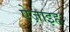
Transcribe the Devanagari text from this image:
ऐज़ाइह